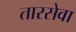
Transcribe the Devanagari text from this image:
तारसेवा